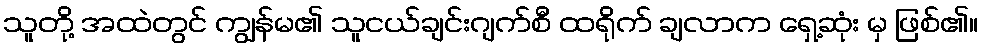
သူတို့ အထဲတွင် ကျွန်မ၏ သူငယ်ချင်းဂျက်စီ ထရိုက် ချလာက ရှေ့ဆုံး မှ ဖြစ်၏။